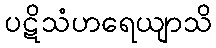
ပဋိသံဟရေယျာသိ